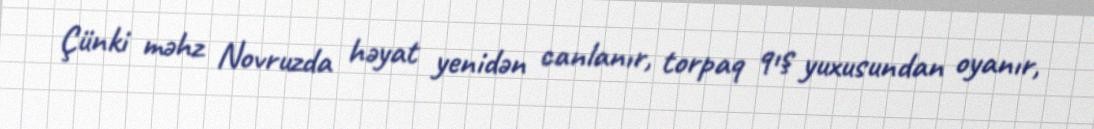
Çünki məhz Novruzda həyat yenidən canlanır, torpaq qış yuxusundan oyanır,